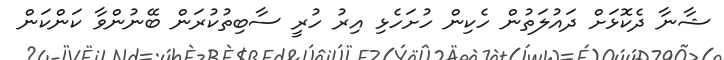
ޝާނާ ދެކޮޅަށް ދައުލަތުން ހެކިން ހުށަހެޅި އިރު ހުރީ ސާބިތުކުރަން ބޭނުންވާ ކަންކަން